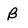
Character: B